Indian journal of veterinary science and animal husbandry - Volumes 15-17, 1948-1951
Year: 1948
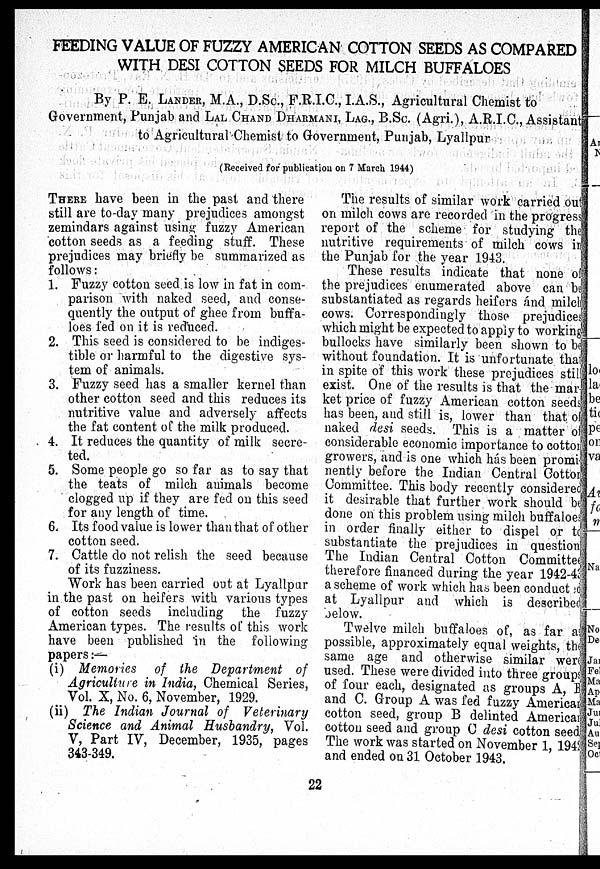
FEEDING VALUE OF FUZZY AMERICAN COTTON SEEDS AS COMPARED
WITH DESI COTTON SEEDS FOR MILCH BUFFALOES
By P. E. LANDER, M.A., D.Sc., F.R.I.C., I.A.S., Agricultural Chemist to
Government, Punjab and LAL CHAND DHARMANI, LAG.,B.Sc. (Agri.), A.R.I.C., Assistan
to Agricultural Chemist to Government, Punjab, Lyallpur
(Received for publication on 7 March 1944)
THERE have been in the past and there
still are to-day many prejudices amongst
zemindars against using fuzzy American
cotton seeds as a feeding stuff. These
prejudices may briefly be summarized as
follows:
1. Fuzzy cotton seed is low in fat in com-
parison with naked seed, and conse-
quently the output of ghee from buffa-
loes fed on it is reduced.
2. This seed is considered to be indiges-
tible or harmful to the digestive sys-
tem of animals.
3. Fuzzy seed has a smaller kernel than
other cotton seed and this reduces its
nutritive value and adversely affects
the fat content of the milk produced.
4. It reduces the quantity of milk secre-
ted.
5. Some people go so far as to say that
the teats of milch animals become
clogged up if they are fed on this seed
for any length of time.
6. Its food value is lower than that of other
cotton seed.
7. Cattle do not relish the seed because
of its fuzziness.
Work has been carried out at Lyallpur
in the past on heifers with various types
of cotton seeds including the fuzzy
American types. The results of this work
have been published in the following:-
papers:—
(i) Memories of the Department of
Agriculture in India, Chemical Series,
Vol. X, No. 6, November, 1929.
(ii) The Indian Journal of Veterinary
Science and Animal Husbandry, Vol.
V, Part IV, December, 1935, pages
343-349.
The results of similar work carried out
on milch cows are recorded in the progress
report of the scheme for studying the
nutritive requirements of milch cows in
the Punjab for the year 1943.
These results indicate that none of
the prejudices enumerated above can be
substantiated as regards heifers and milch
cows. Correspondingly those prejudices
which might be expected to apply to working
bullocks have similarly been shown to be
without foundation. It is unfortunate that
in spite of this work these prejudices still
exist. One of the results is that the mar
ket price of fuzzy American cotton seeds
has been, and still is, lower than that of
naked desi seeds. This is a matter of
considerable economic importance to cotton
growers, and is one which has been promi
nently before the Indian Central Gotton
Committee. This body recently considered
it desirable that further work should be
done on this problem using milch buffaloes
in order finally either to dispel or to
substantiate the prejudices in question
The Indian Central Cotton Committe
therefore financed during the year 1942-4
a scheme of work which has been conduct
at Lyallpur and which is described
below.
Twelve milch buffaloes of, as far as
possible, approximately equal weights, the
same age and otherwise similar were
used. These were divided into three group
of four each, designated as groups A, B
and C. Group A was fed fuzzy American
cotton seed, group B delinted America:
cotton seed and group C desi cotton seed
The work was started on November 1, 194
and ended on 31 October 1943.
22